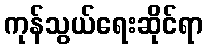
ကုန်သွယ်ရေးဆိုင်ရာ